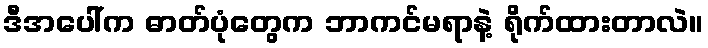
ဒီအပေါ်က ဓာတ်ပုံတွေက ဘာကင်မရာနဲ့ ရိုက်ထားတာလဲ။